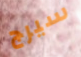
سيرج